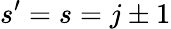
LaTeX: s^{\prime}=s=j\pm 1